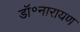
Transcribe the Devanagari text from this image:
डॉ॰नारायण